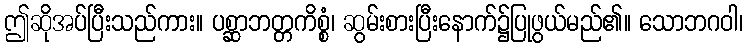
ဤဆိုအပ်ပြီးသည်ကား။ ပစ္ဆာဘတ္တကိစ္စံ၊ ဆွမ်းစားပြီးနောက်၌ပြုဖွယ်မည်၏။ သောဘဂဝါ၊